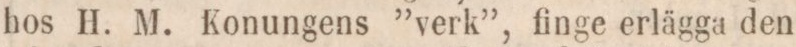
hos H. M. Konungens ”verk”, finge erlägga den